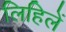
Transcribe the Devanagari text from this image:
लिहिलें